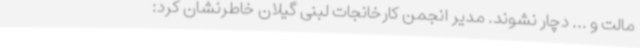
مالت و ... دچار نشوند. مدیر انجمن کارخانجات لبنی گیلان خاطرنشان کرد: